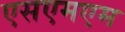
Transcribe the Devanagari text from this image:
एसएमएम